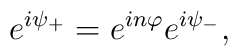
e^{i \psi_{+}}=e^{i n \varphi}e^{i \psi_{-}},